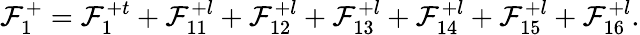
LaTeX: \mathcal{F}_{1}^{+}=\mathcal{F}_{1}^{+t}+\mathcal{F}_{11}^{+l}+\mathcal{F}_{12}^{+l}+\mathcal{F}_{13}^{+l}+\mathcal{F}_{14}^{+l}+\mathcal{F}_{15}^{+l}+\mathcal{F}_{16}^{+l}.